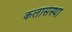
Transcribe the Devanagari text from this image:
कलासंस्था